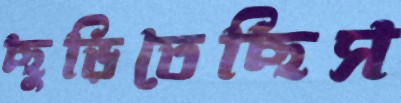
ছুড়িতেছিস